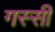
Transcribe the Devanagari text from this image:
गस्सी